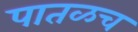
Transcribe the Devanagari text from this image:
पातळच